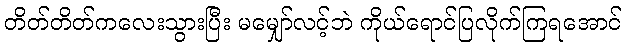
တိတ်တိတ်ကလေးသွားပြီး မမျှော်လင့်ဘဲ ကိုယ်ရောင်ပြလိုက်ကြရအောင်